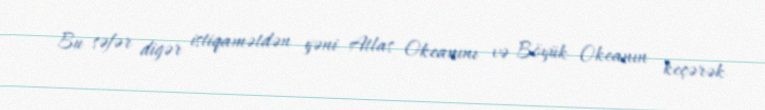
Bu səfər digər istiqamətdən yəni Atlas Okeanını və Böyük Okeanın keçərək